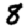
Digit: 8